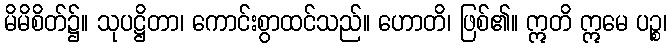
မိမိစိတ်၌။ သုပဋ္ဌိတာ၊ ကောင်းစွာထင်သည်။ ဟောတိ၊ ဖြစ်၏။ ဣတိ ဣမေ ပဉ္စ၊